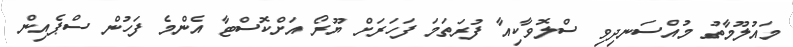
މައުލޫމާތު މުއްސަނދިވި ސްލޮވާކިއާ ފުރަތަމަ ފަހަރަށް ޔޫރޯ އަށްކޮސްޓާ އެންމެ ފަހުން ސްޕެއިން